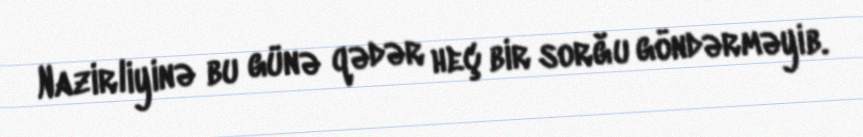
Nazirliyinə bu günə qədər heç bir sorğu göndərməyib.